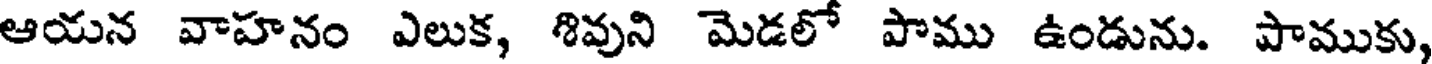
ఆయన వాహనం ఎలుక, శివుని మెడలో పాము ఉండును. పాముకు,